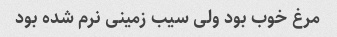
مرغ خوب بود ولی سیب زمینی نرم شده بود